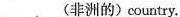
___ (非洲的)country.